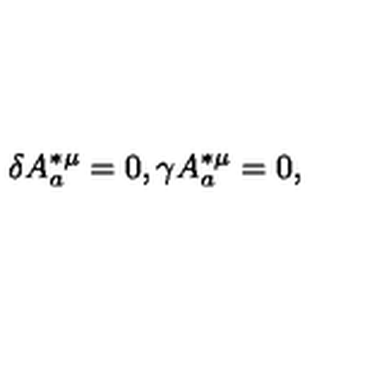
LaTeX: \delta A _ { a } ^ { * \mu } = 0 , \gamma A _ { a } ^ { * \mu } = 0 ,